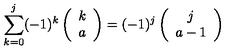
\sum _ { k = 0 } ^ { j } ( - 1 ) ^ { k } \left( \begin{array} { c } { k } \\ { a } \\ \end{array} \right) = ( - 1 ) ^ { j } \left( \begin{array} { c } { j } \\ { a - 1 } \\ \end{array} \right)